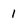
Character: l